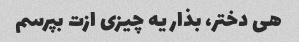
هی دختر، بذار یه چیزی ازت بپرسم